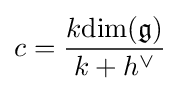
c={\frac {k\mathrm {dim} ({\mathfrak {g}})}{k+h^{\vee }}}